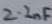
Text: 2.2nF